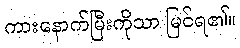
ကားနောက်မြီးကိုသာ မြင်ရ၏။